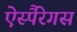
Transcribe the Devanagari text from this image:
ऐस्पैरेगस